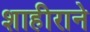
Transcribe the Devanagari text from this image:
शाहीराने